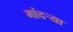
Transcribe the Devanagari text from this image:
मांदऱ्या